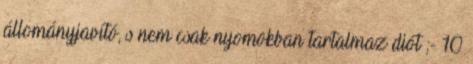
állományjavító, s nem csak nyomokban tartalmaz diót ;- 10